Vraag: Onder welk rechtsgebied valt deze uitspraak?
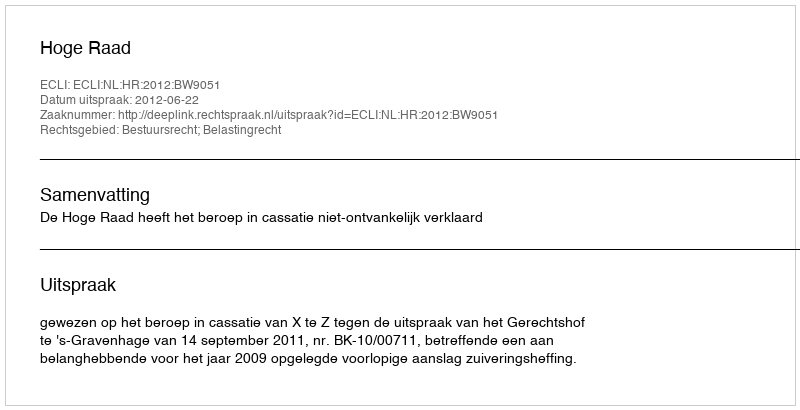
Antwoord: Bestuursrecht; Belastingrecht